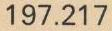
197.217